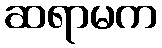
ဆရာမက